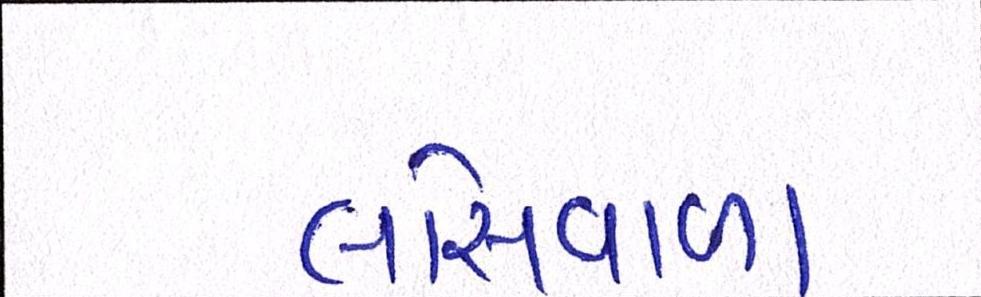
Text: લોસવાળા